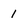
Character: 1